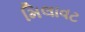
મિલાવટ